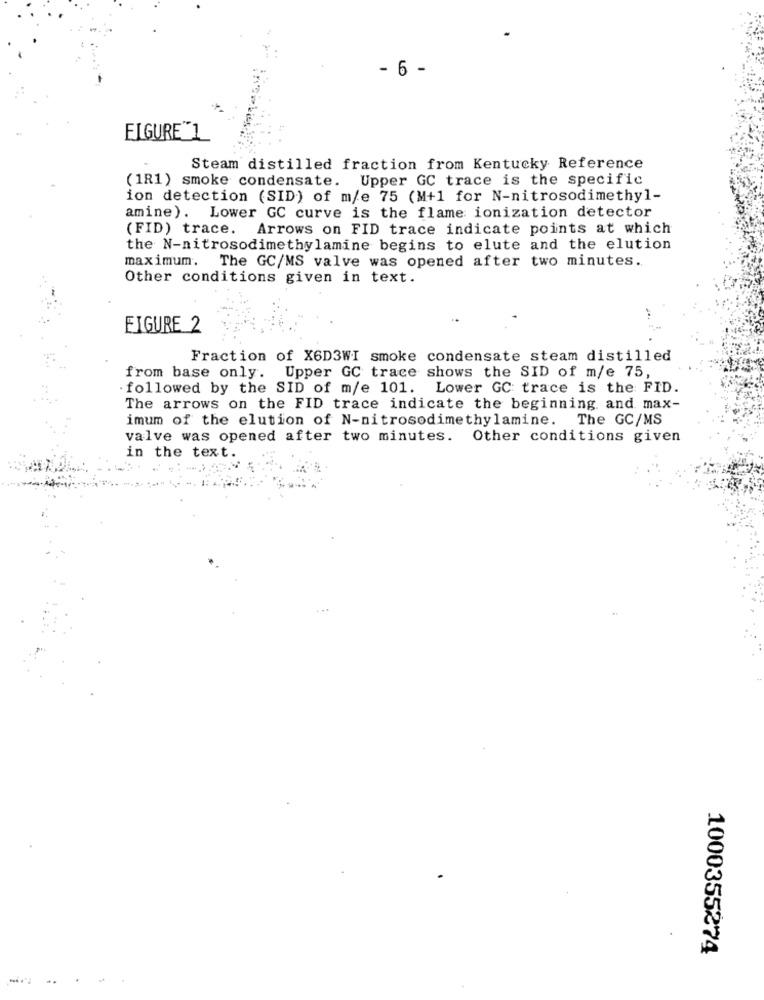
- 6 -
ELGURE"1
Steam distilled fraction from Kentucky Reference
(1R1) smoke condensate. Upper GC trace is the specific
ion detection (SID) of m/e 75 (M+1 for N-nitrosodimethyl-
amine). Lower GC curve is the flame ionization detector
(FID) trace. Arrows on FID trace indicate points at which
the N-nitrosodimethylamine begins to elute and the elution
maximum. The GC/MS valve was opened after two minutes.
Other conditions given in text.
FIGURE 2
Fraction of X6D3WI smoke condensate steam distilled
from base only. Upper GC trace shows the SID of m/e 75,
followed by the SID of m/e 101. Lower GC trace is the FID.
The arrows on the FID trace indicate the beginning and max-
imum of the elution of N-nitrosodimethylamine. The GC/MS
valve was opened after two minutes. Other conditions given
in the text.
...
1000355274